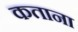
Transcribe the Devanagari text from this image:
कताना